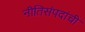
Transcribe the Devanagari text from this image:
नीतिसंपदांची